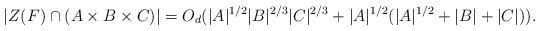
LaTeX: \begin{align*} |Z(F) \cap (A \times B \times C)| = O_d( |A|^{1/2}|B|^{2/3}|C|^{2/3}+|A|^{1/2}(|A|^{1/2}+|B|+|C|)). \end{align*}